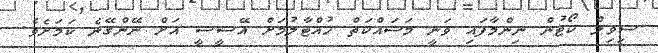
ސިވިލް ކޯޓުން ނިންމާފައި ވަނީ މަސައްކަތް ހުއްޓާލުމަށް އޭސީސީ އަށް ނޭންގޭނެ ކަމަށެވެ.